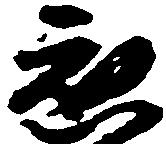
応